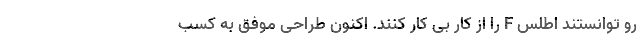
رو توانستند اطلس F را از کار بی کار کنند. اکنون طراحی موفق به کسب